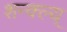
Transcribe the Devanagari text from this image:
शन्क्ल्य्